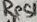
Text: Res1